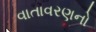
વાતાવરણનો